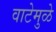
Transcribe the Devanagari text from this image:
वाटेमुळे